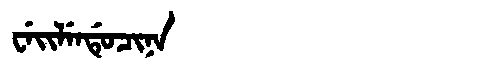
Manchu: ᠸᡝᡳᠯᡝᠨᡩᡠᠴᡳᠨᠠ
Romanization: WEILENDUCINA